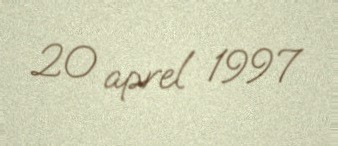
20 aprel 1997